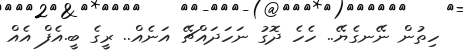
ހިތުން ނޭނގެޔޭ.. ހެހެ ދޮގު ނަހަދައްޗޭ އަނެއް.. ރީގެ ބީ.އެފް އެއް